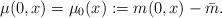
LaTeX: \begin{align*}\mu(0,x)=\mu_{0}(x):=m(0,x)-\bar{m}.\end{align*}